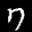
Label: 7